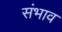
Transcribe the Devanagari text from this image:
संभाव